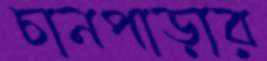
চানপাড়ার